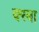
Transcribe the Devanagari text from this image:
क्स्बा